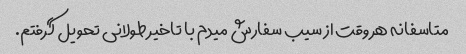
متاسفانه هر وقت از سیب سفارش میدم با تاخیر طولانی تحویل گرفتم.